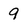
Character: 9